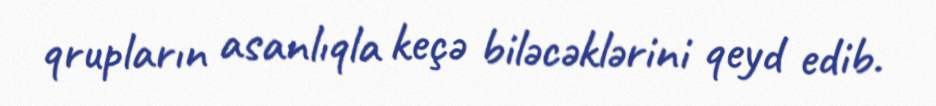
qrupların asanlıqla keçə biləcəklərini qeyd edib.